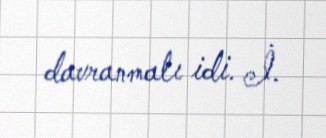
davranmalı idi. İ.